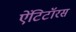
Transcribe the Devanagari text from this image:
ऐंटिटॉरस